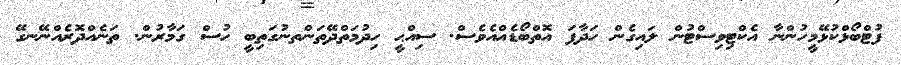
ފުޓްބޯޅްކުޅޭމީހުންނާ އެކްޓިވިސްޓުން ލައިގެން ހަދާފަ އޮތްބޯޑެއްއެވެސް. ސިއްޙީ ހިދުމަތްދޭތަންތނުގަތިބީ ހުސް ގަމާރުން. ތަނެއްދޮރެއްނޭނގޭ